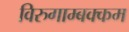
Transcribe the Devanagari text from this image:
विरुगाम्बक्कम